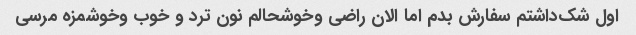
اول شک‌داشتم سفارش بدم اما الان راضی و‌خوشحالم نون ترد و خوب و‌خوشمزه مرسی